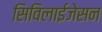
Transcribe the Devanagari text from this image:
सिविलाईजेसन